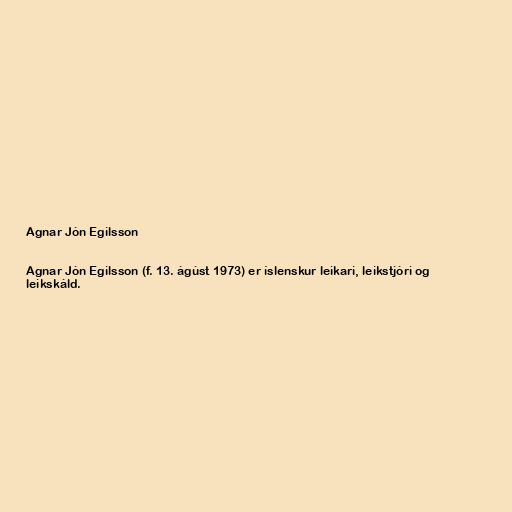
Agnar Jón Egilsson

Agnar Jón Egilsson (f. 13. ágúst 1973) er íslenskur leikari, leikstjóri og
leikskáld.